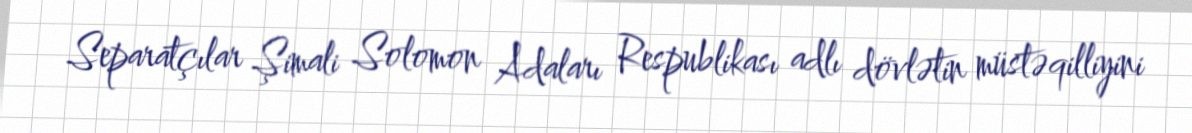
Separatçılar Şimali Solomon Adaları Respublikası adlı dövlətin müstəqilliyini